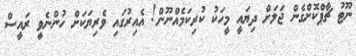
ނޫޓު ޗާޕްކޮށްގެން ޖަލަށް ދިޔައީ މީހަކު ކުރިކަމެއްނޫން! އެއިރުގައި ވެރިޔަކަށް ހުންނެވީ ރައީސް